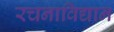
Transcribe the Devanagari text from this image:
रचनाविद्यान